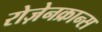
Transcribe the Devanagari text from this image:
रोज़ेनक्रान्स